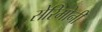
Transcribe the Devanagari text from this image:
सेरिमोनी